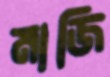
মাজি